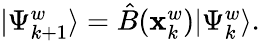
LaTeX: \begin{array}{r}{|\Psi_{{k+1}}^{w}\rangle=\hat{B}(\mathbf x_{{k}}^{w})|\Psi_{{k}}^{w}\rangle.}\end{array}